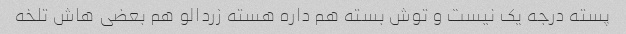
پسته درجه یک نیست و توش بسته هم داره هسته زردالو هم بعضی هاش تلخه